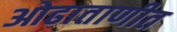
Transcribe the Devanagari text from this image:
ओढाताणीत